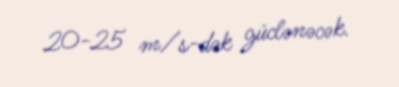
20-25 m/s-dək güclənəcək.